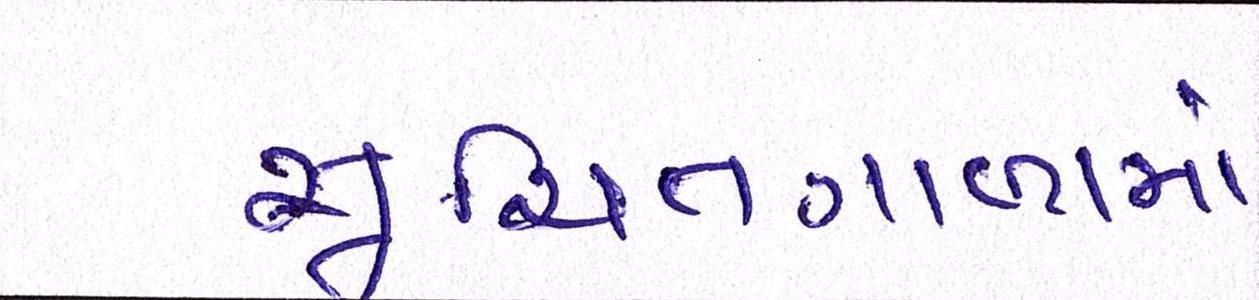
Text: સૂચિતગાળામાં